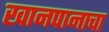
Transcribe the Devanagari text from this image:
खानपानाचा